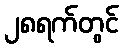
၂၈ရက်တွင်